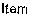
ITEM